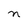
Character: n